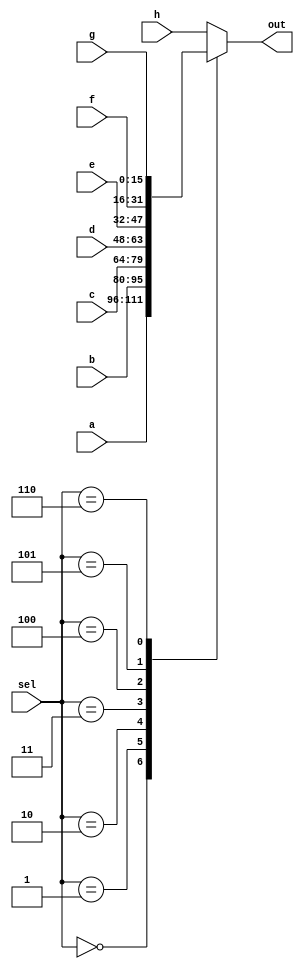
`ifndef _h_mux8way16_
`define _h_mux8way16_

`timescale 1ns / 1ps
//////////////////////////////////////////////////////////////////////////////////
// Company: 
// Engineer: 
// 
// Design Name: 
// Module Name:    hMux8Way16 
// Project Name: 
// Target Devices: 
// Tool versions: 
// Description: 
//
// Dependencies: 
//
// Revision: 
// Revision 0.01 - File Created
// Additional Comments: 
//
//////////////////////////////////////////////////////////////////////////////////
module hMux8Way16(
    input [15:0] a,
    input [15:0] b,
    input [15:0] c,
    input [15:0] d,
    input [15:0] e,
    input [15:0] f,
    input [15:0] g,
    input [15:0] h,
    input [2:0] sel,
    output [15:0] out
    );

	reg [15:0] mux_out;
	
	always @* begin
		case (sel)
			3'b000: mux_out = a;
			3'b001: mux_out = b;
			3'b010: mux_out = c;
			3'b011: mux_out = d;
			3'b100: mux_out = e;
			3'b101: mux_out = f;
			3'b110: mux_out = g;
			default: mux_out = h;
		endcase
	end

	assign out = mux_out;
	
endmodule

`endif